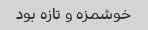
خوشمزه و تازه بود